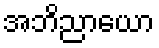
အဘိညာယော